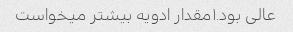
عالی بود.١مقدار ادویه بیشتر میخواست